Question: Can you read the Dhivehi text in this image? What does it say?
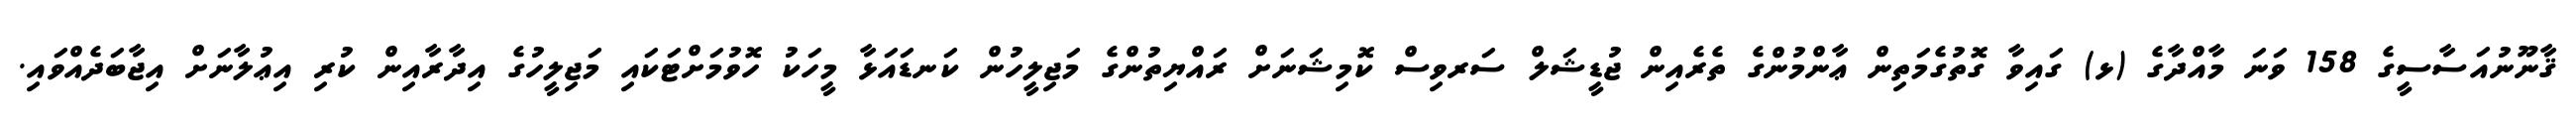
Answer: ޤާނޫނުއަސާސީގެ 158 ވަނަ މާއްދާގެ (ޅ) ގައިވާ ގޮތުގެމަތިން ޢާންމުންގެ ތެރެއިން ޖުޑީޝަލް ސަރވިސް ކޮމިޝަނަށް ރައްޔިތުންގެ މަޖިލީހުން ކަނޑައަޅާ މީހަކު ހޮވުމަށްޓަކައި މަޖިލީހުގެ އިދާރާއިން ކުރި އިޢުލާނަށް އިޖާބަދެއްވައި.